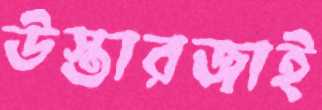
উস্তারজাই